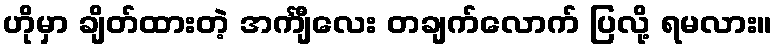
ဟိုမှာ ချိတ်ထားတဲ့ အင်္ကျီလေး တချက်လောက် ပြလို့ ရမလား။